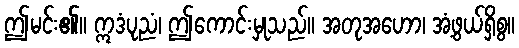
ဤမင်း၏။ ဣဒံပုညံ၊ ဤကောင်းမှုသည်။ အတုအဟော၊ အံ့ဖွယ်ရှိစွ။